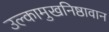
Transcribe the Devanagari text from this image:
उल्कामुखनिष्ठावान